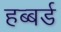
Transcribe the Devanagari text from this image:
हब्बर्ड